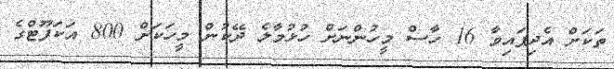
ތަކަށް އެދިފައިވާ 16 ހާސް މީހުންނަށް ހުޅުމާލެ ދޭކުން މީހަކަށް 800 އަކަފޫޓްގެ